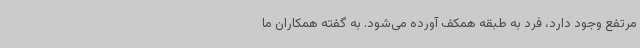
مرتفع وجود دارد، فرد به طبقه همکف آورده می‌شود. به گفته همکاران ما